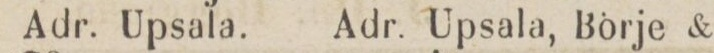
Adr. Upsala.    Adr. Upsala, Börje &